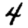
Digit: 4